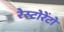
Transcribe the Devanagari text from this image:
रेस्‍टोरेंटो